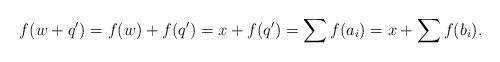
LaTeX: \begin{align*}f(w+q')=f(w)+f(q')=x+f(q')=\sum f(a_i)=x+\sum f(b_i).\end{align*}